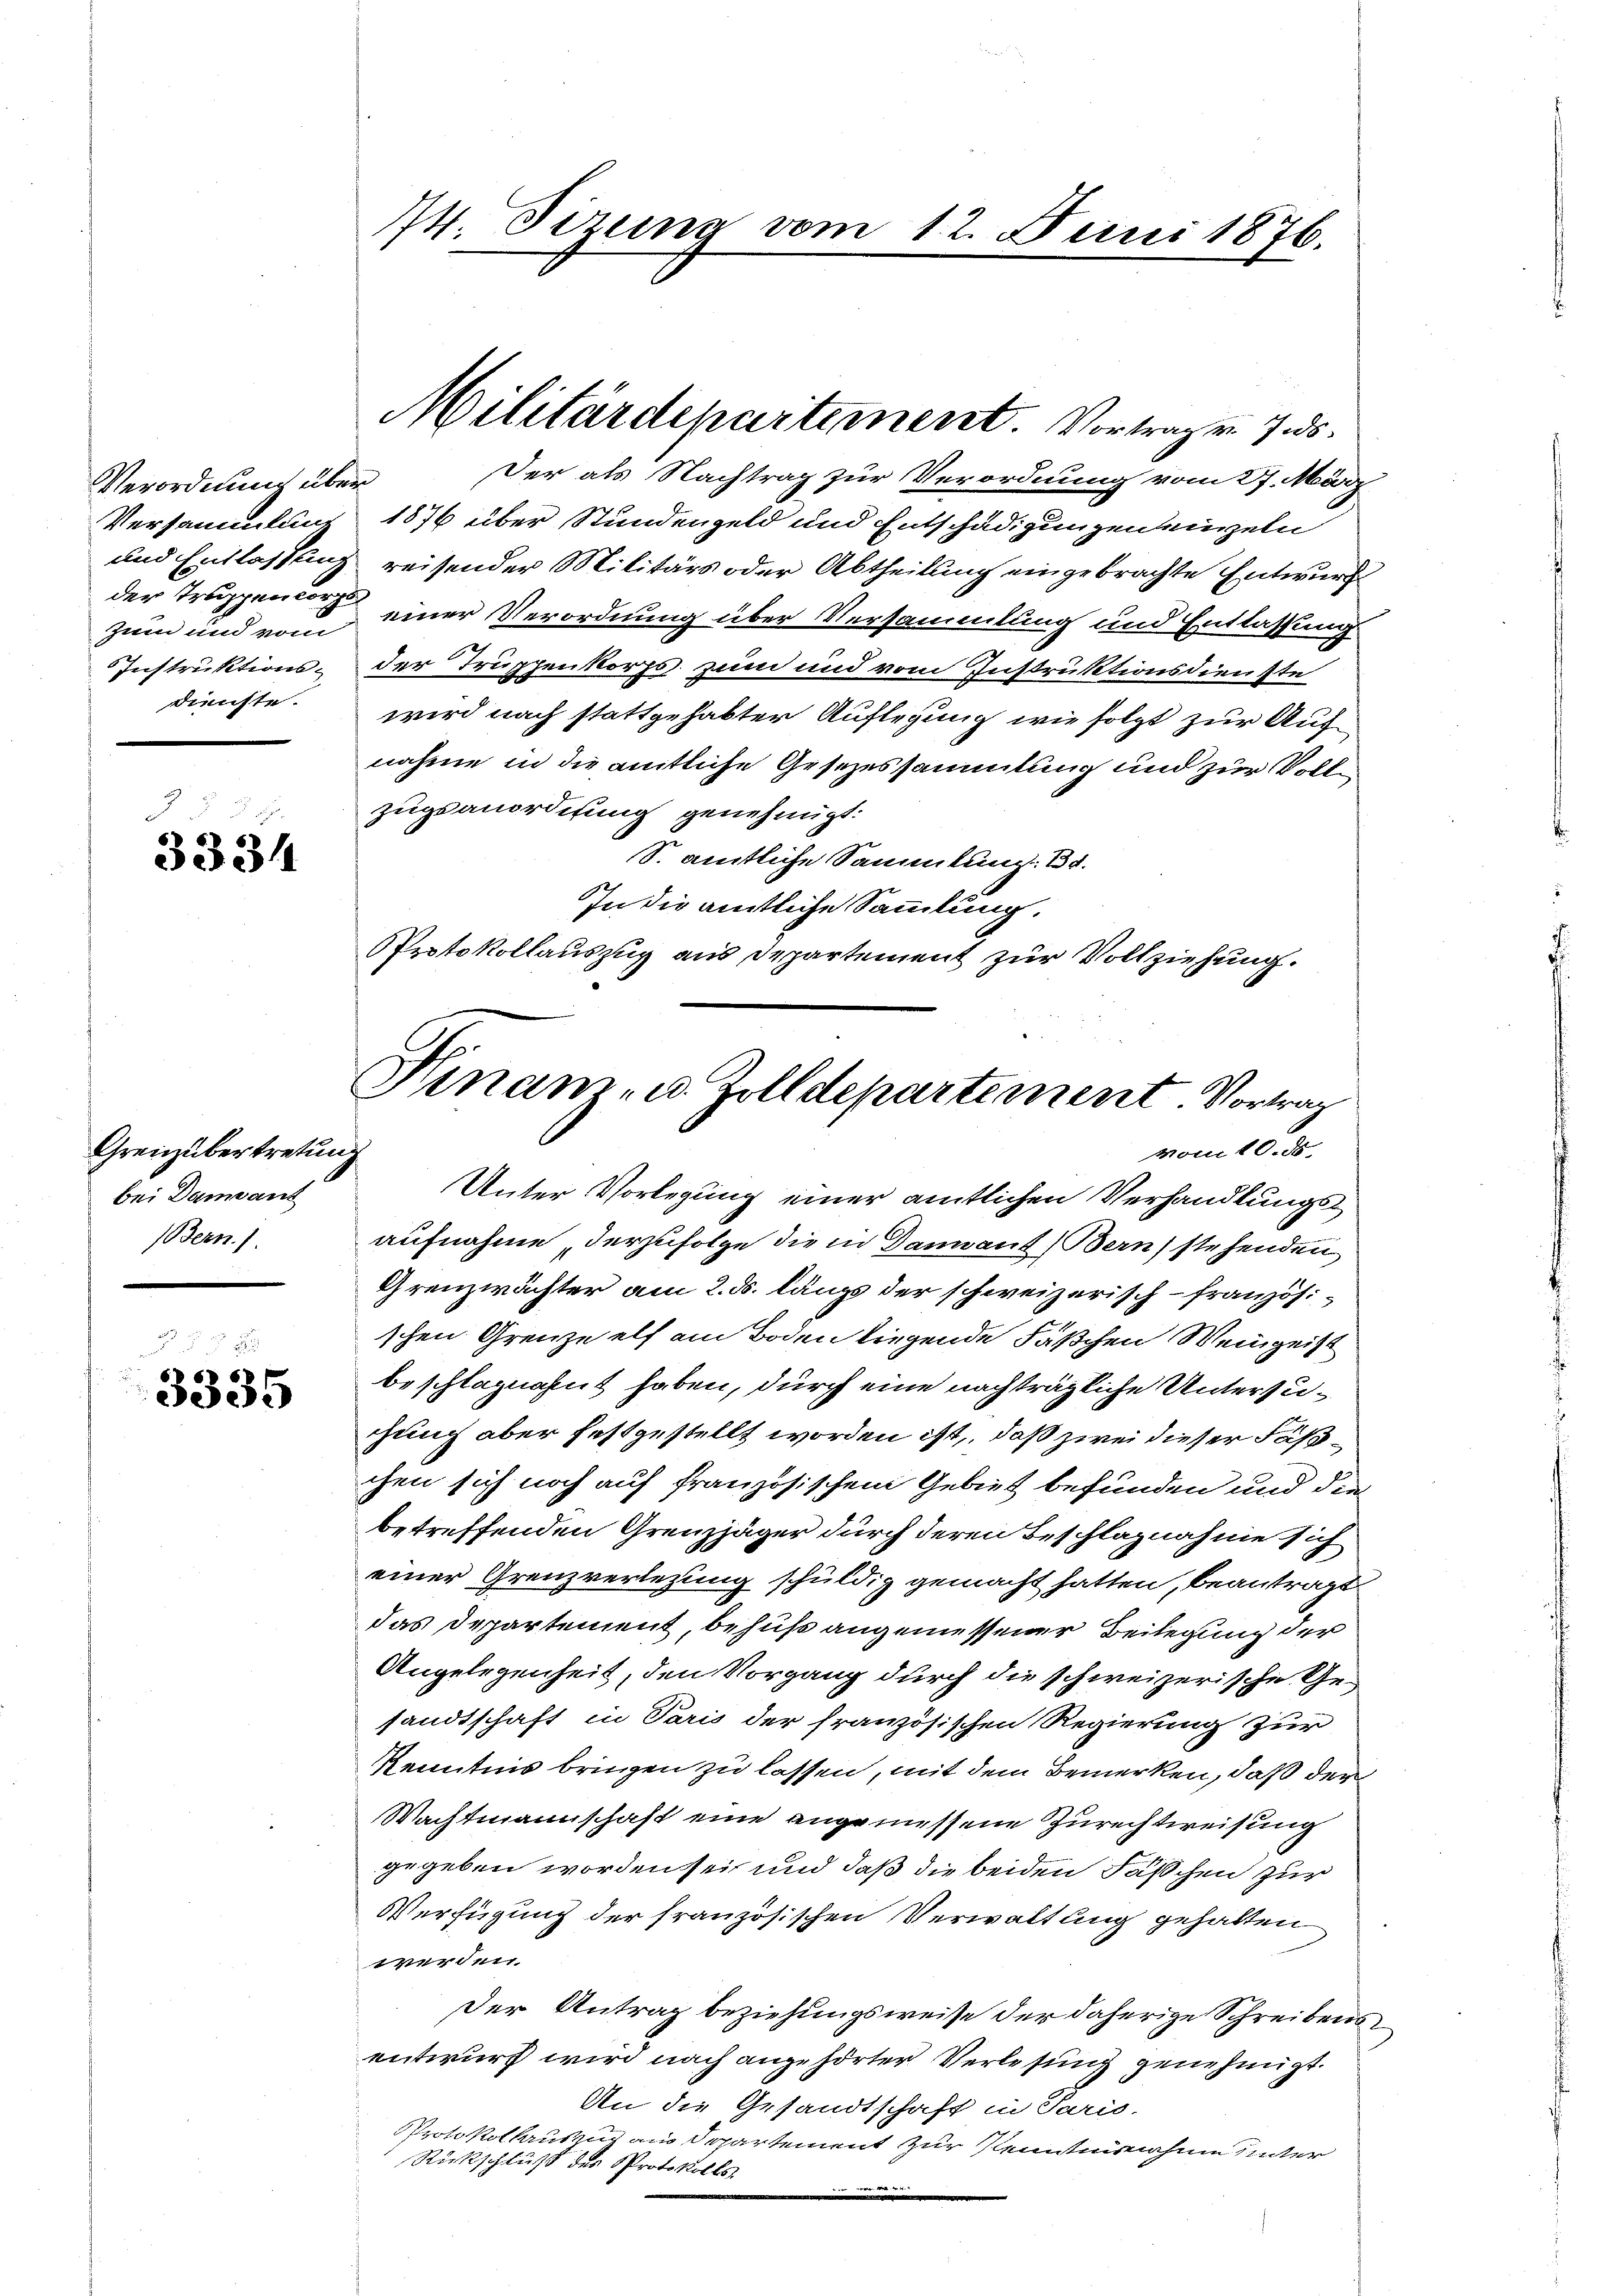
Verordnung über
Versammlung
Zum und vom

.

3334

Grenz übertretung
bei Damant
Bern.

2 x
3335

14. Sizung vom 12. Juni 1876.

Der als Nachtrag zur Verordnung vom 27. März
1876 über Stundengeld und Entschädigungeneinzeln
und Entlassung reisender Militärs oder Abtheilung eingebrachte Entwurf
der Truppen einer Verordnung über Versammlung und Entlassung
Instruktions- der Truppenkorps zum und vom Instruktionsdienste
dienste. wird nach stattgehabter Auflegung wie folgt zur Aufnahme in die amtliche Gesezessammlung und zur Vollen
zugsanordifung genehmigt:
S. amtliche Sammlung. Bd.
In die amtliche Sammlung.
Protokollauszug aus Departement zur Vollziehung.

Militärdepartement. Vortragen 7. ds.

Unter Vorlegung einer amtlichen Verhandlungsaufnahme, derzufolge die in Dannant (Bern stehenden
Grenzwächter am 2. ds. längs der schweizerisch-französischen Grenze elf am Boden liegende Fäßchen Weingeist
beschlagnahnt haben, durch eine nachträgliche Untersugung aber festgestellt worden ist, daß zwei dieser Fäßchen sich noch auf französischen Gebiet befunden und die
betreffenden Grenzjäger durch deren Beschlagnahme sich
einer Grenzverletzung schuldig gemacht hatten, beantragt
das Departement, behufs angemessener Beilegung der
Angelegenheit, den Vorgang durch die schweizerische Gesandtschaft in Paris der französischen Regierung zur
Kenntnis bringen zu lassen, mit dem Bemerken, daß der
Wachtmannschaft eine angemessene Zurechtweisung
gegeben worden sei und daß die beiden Fäschen zur
Verfügung der französischen Verwaltung gehalten
werden.
Der Antrag beziehungsweise der daherige Schreibens
entwurf wird nach angehörter Verlesung genehmigt.
An die Gesandtschaft in Paris.
Protokollauszug aus Departement zur Kenntnisnahmen unter
Rückschluß des Protokolls
.

Hinam- u. Zolldepartement. Vortrag
vom 10. d.